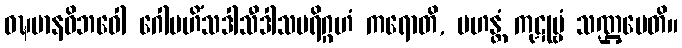
ဝဍ္ဎမာနဝိဘဝေါ ဂေါမဟိံသဒါသီဒါသပရိဂ္ဂဟံ ကရောတိ, မဟန္တံ ကုဋုမ္ဗံ သဏ္ဌပေတိ။